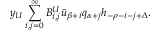
y _ { U } \sum _ { i , j = 0 } ^ { \infty } B _ { i , j } ^ { U } \bar { u } _ { \beta + i } q _ { \alpha + j } h _ { - \rho - i - j + \Delta } .